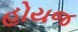
હોયજ